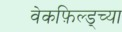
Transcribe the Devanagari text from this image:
वेकफ़िल्ड्च्या